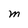
Character: M